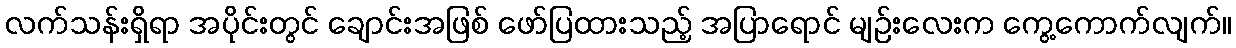
လက်သန်းရှိရာ အပိုင်းတွင် ချောင်းအဖြစ် ဖော်ပြထားသည့် အပြာရောင် မျဉ်းလေးက ကွေ့ကောက်လျက်။